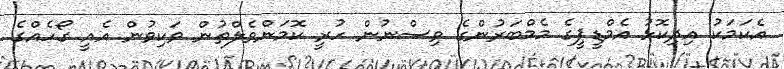
އެކަމަކު އިދިކޮޅު އެމްޑީޕީގެ މެމްބަރުންގެ ވިސްނުން ހުރީ ކޮމަންވެލްތުން ވަކިވުން އެއީ ގޯހެއްގެ